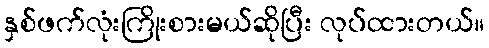
နှစ်ဖက်လုံးကြိုးစားမယ်ဆိုပြီး လုပ်ထားတယ်။